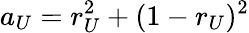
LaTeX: a_{U}=r_{U}^{2}+(1-r_{U})^{2}